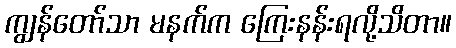
ကျွန်တော်သာ မနက်က ကြေးနန်းရလို့သိတာ။